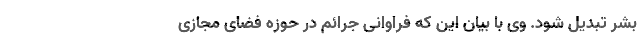
بشر تبدیل شود. وی با بیان این که فراوانی جرائم در حوزه فضای مجازی